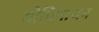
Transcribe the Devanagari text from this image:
गोपिनाथन